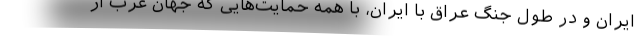
ایران و در طول جنگ عراق با ایران، با همه حمایت‌هایی که جهان غرب از